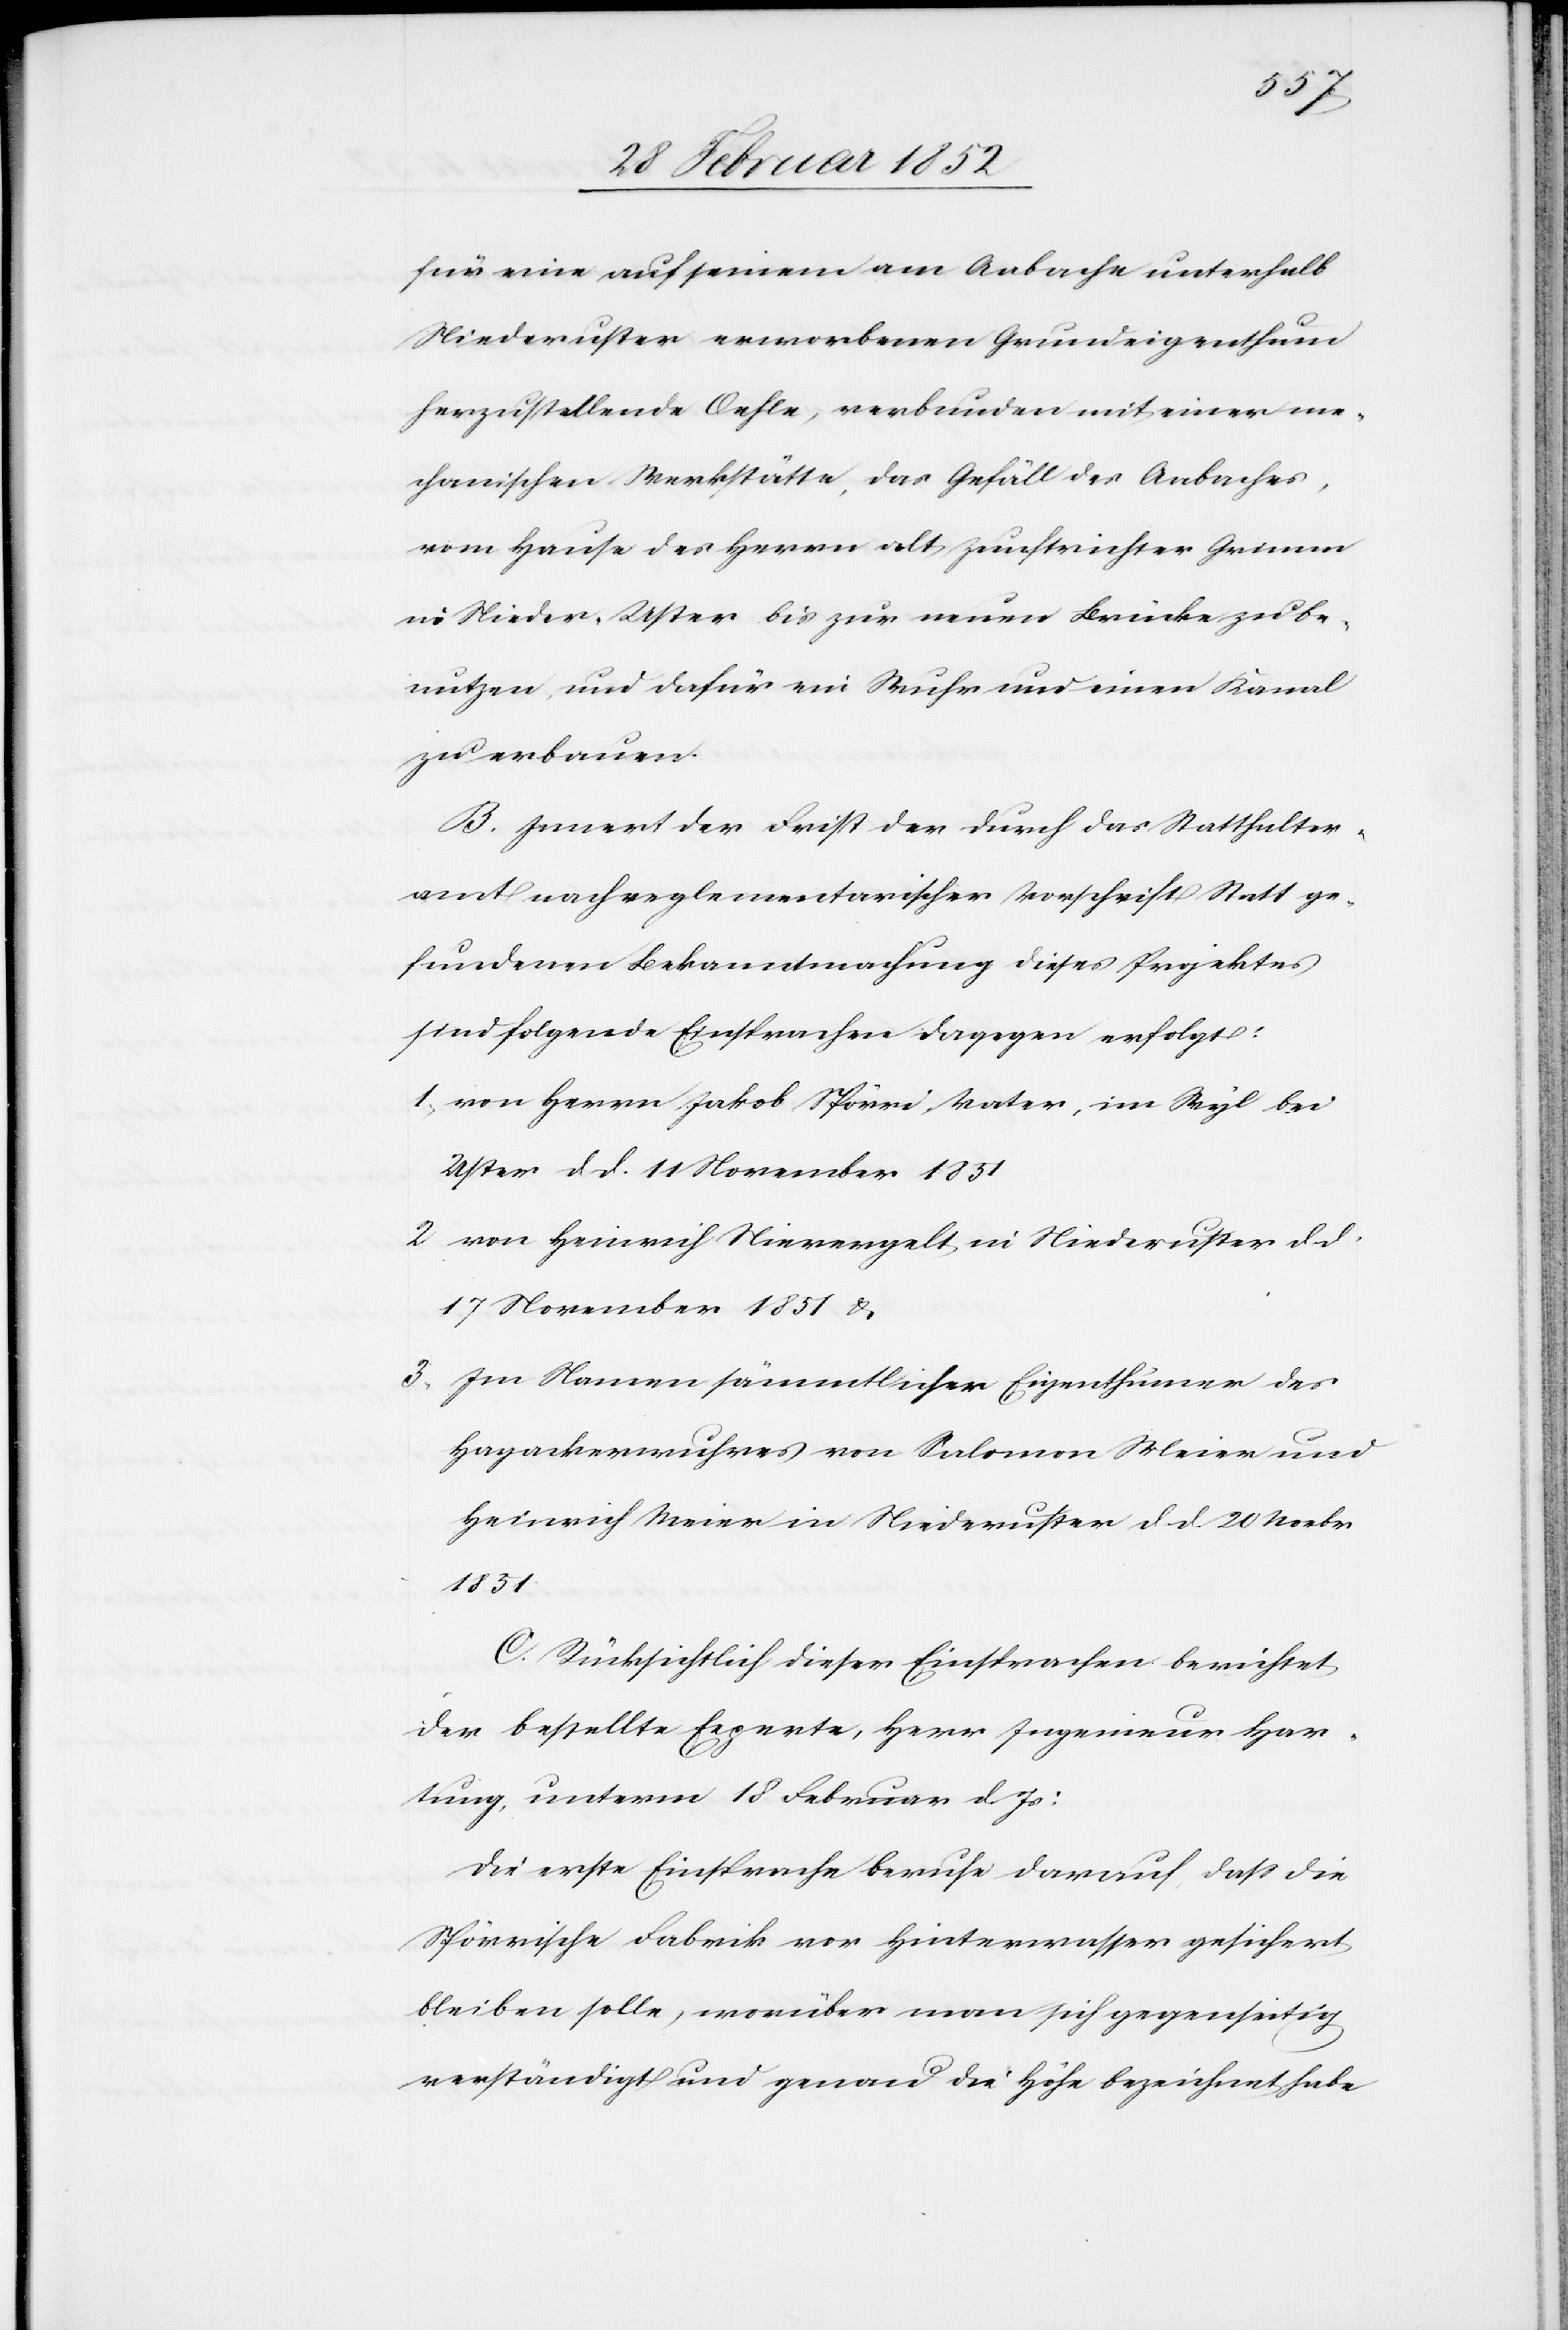
für eine auf seinem am Aabache unterhalb
Niederuster erworbenen Grundeigenthum
herzustellenden Oehle, verbunden mit einer me¬
chanischen Werkstätte, das Gefäll des Aabaches,
vom Hause des Herrn alt Zunftrichter Grimm
in Nieder-Uster bis zur neuen Brücke zu be¬
nutzen, und dafür ein Wuhr und einen Kanal
zu erbauen.
B. Innert der Frist der durch das Statthalter¬
amt nach reglementarischer Vorschrift Statt ge¬
fundenen Bekanntmachung dieses Projektes
sind folgende Einsprachen dagegen erfolgt:
1.) von Herrn Jakob Spörri, Vater, im Wyl bei
Uster d. d. 11 November 1851.
2. von Heinrich Nievergelt in Nieder-Uster d. d.
17 November 1851 u.
3. Im Namen sämmtlicher Eigenthümer des
Hagackerwuhres von Salomon Meier und
Heinrich Meier in Niederuster d. d. 20 Novbr
1851.
C. Rücksichtlich dieser Einsprachen berichtet
der bestellte Experte, Herr Ingenieur Har¬
tung, unterm 18 Februar d. Js:
Die erste Einsprache beruhe darauf daß die
Spörrische Fabrik vor Hinterwasser gesichert
bleiben solle, worüber man sich gegenseitig
verständigt und genau die Höhe bezeichnet habe